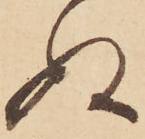
ぬ